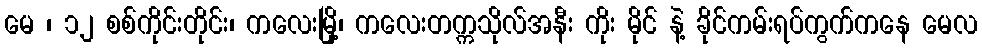
မေ ၊ ၁၂ စစ်ကိုင်းတိုင်း၊ ကလေးမြို့၊ ကလေးတက္ကသိုလ်အနီး ကိုး မိုင် နဲ့ ခိုင်ကမ်းရပ်ကွက်ကနေ မေလ